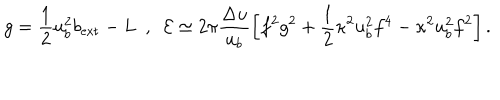
g = \frac { 1 } { 2 } u _ { b } ^ { 2 } b _ { \mathrm { e x t } } - L \ \ , \ \ { \cal E } \simeq 2 \pi \frac { \Delta u } { u _ { b } } \left[ f ^ { 2 } g ^ { 2 } + \frac { 1 } { 2 } \kappa ^ { 2 } u _ { b } ^ { 2 } f ^ { 4 } - \kappa ^ { 2 } u _ { b } ^ { 2 } f ^ { 2 } \right] .